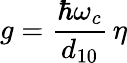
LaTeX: g=\frac{\hbar\omega_{c}}{d_{10}}\, \eta